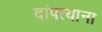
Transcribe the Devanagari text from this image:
दांपत्याना